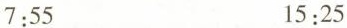
7:55 15:25